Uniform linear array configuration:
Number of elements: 16
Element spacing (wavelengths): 0.75
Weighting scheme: uniform
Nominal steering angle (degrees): -15
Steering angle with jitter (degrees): -16.888
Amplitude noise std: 0.05
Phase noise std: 0.05

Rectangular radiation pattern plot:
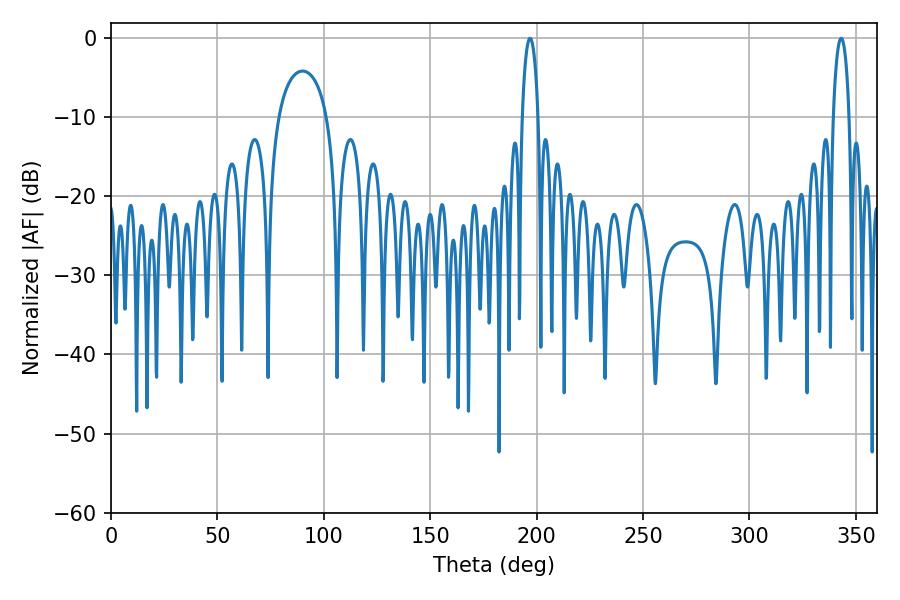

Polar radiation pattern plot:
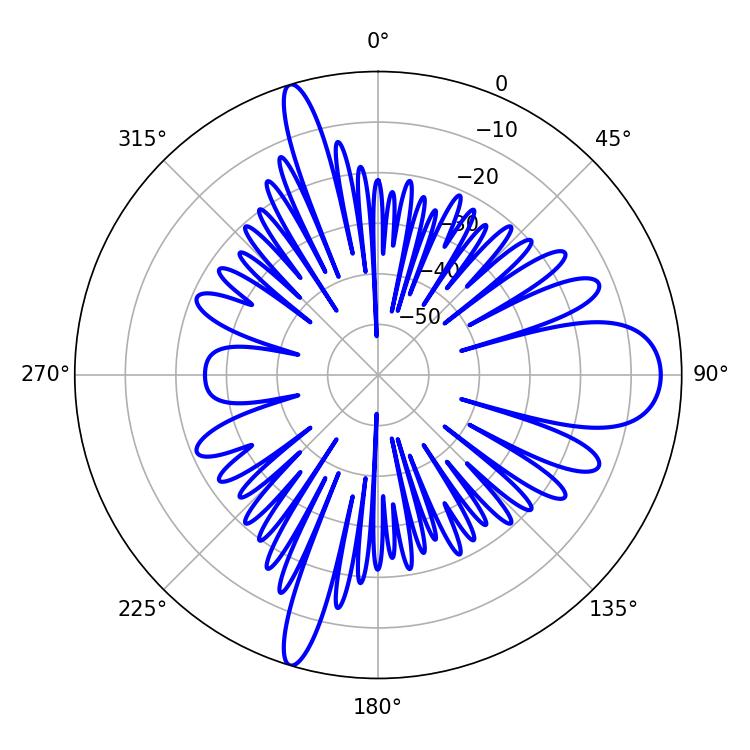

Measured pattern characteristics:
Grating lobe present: TRUE
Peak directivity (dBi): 14.245
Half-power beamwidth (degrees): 4.32
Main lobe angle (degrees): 343.08